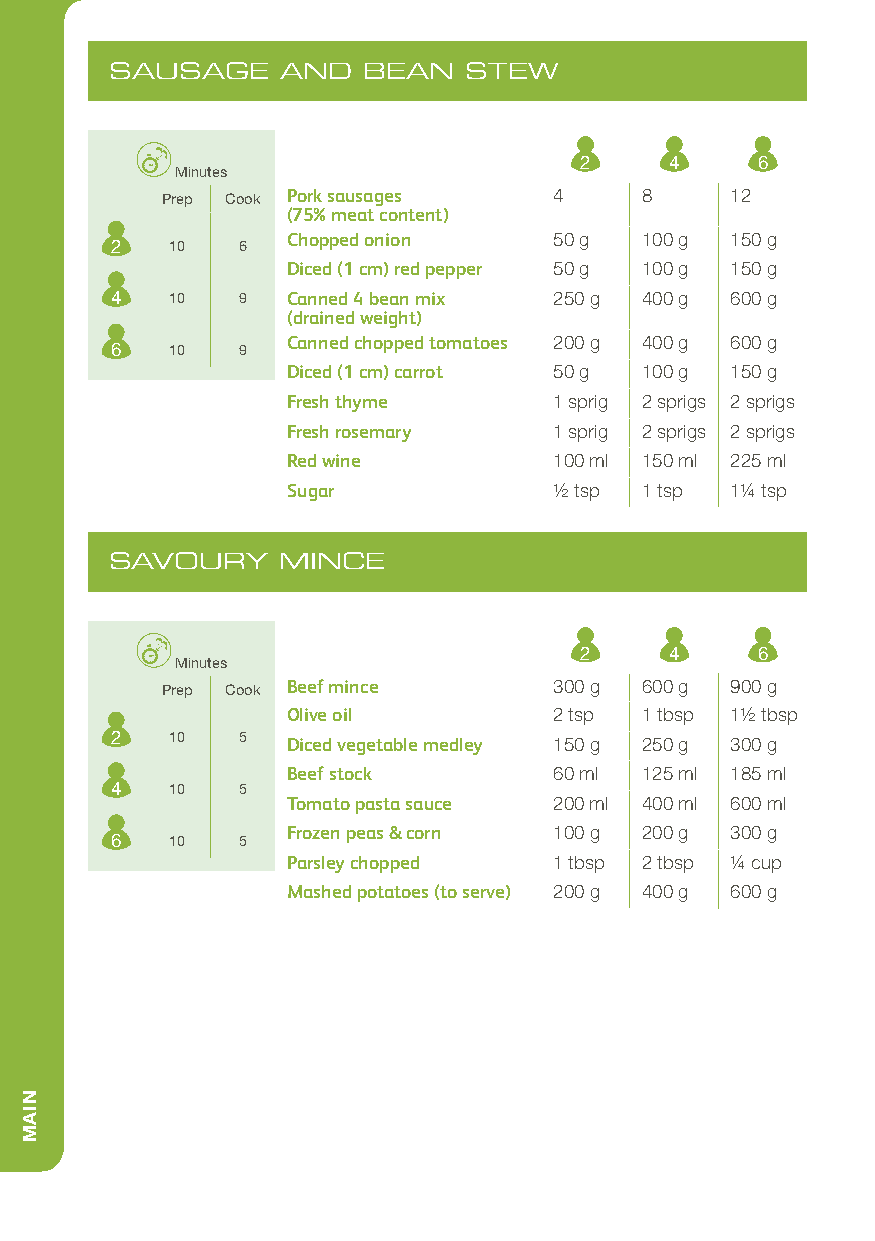
SAUSAGE     AND  BEAN   STEW
 2     4     6
 Minutes
 Prep Cook Pork sausages   4    8     12
 (75% meat content)
 Chopped onion     50 g 100 g 150 g
 2   10   6
 Diced (1 cm) red pepper 50 g 100 g 150 g
 4   10   9  Canned 4 bean mix 250 g 400 g 600 g
 (drained weight)
 Canned chopped tomatoes 200 g 400 g 600 g
 6   10   9
 Diced (1 cm) carrot 50 g 100 g 150 g
 Fresh thyme       1 sprig 2 sprigs 2 sprigs
 Fresh rosemary    1 sprig 2 sprigs 2 sprigs
 Red wine          100 ml 150 ml 225 ml
 Sugar             1/2 tsp 1 tsp 11/4 tsp
 SAVOURY     MINCE
 2     4     6
 Minutes
 Prep Cook Beef mince      300 g 600 g 900 g
 Olive oil         2 tsp 1 tbsp 11/2 tbsp
 2   10   5  Diced vegetable medley 150 g 250 g 300 g
 Beef stock        60 ml 125 ml 185 ml
 4   10   5
 Tomato pasta sauce 200 ml 400 ml 600 ml
 Frozen peas & corn 100 g 200 g 300 g
 6   10   5
 Parsley chopped   1 tbsp 2 tbsp 1/4 cup
 Mashed potatoes (to serve) 200 g 400 g 600 g
 NIAM